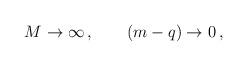
LaTeX: \begin{align*}M\rightarrow \infty\,, \qquad (m-q)\rightarrow 0\,,\end{align*}